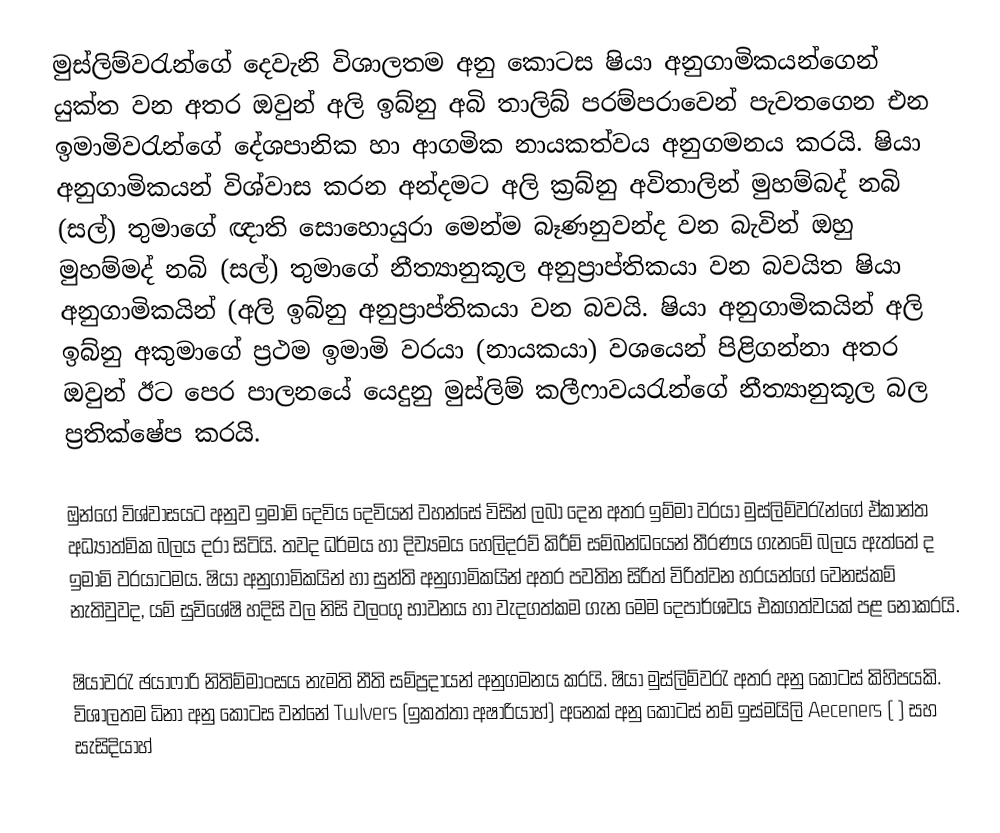
මුස්ලිම්වරැන්ගේ දෙවැනි විශාලතම අනු කොටස ෂියා අනුගාමික‍යන්ගෙන් යුක්ත වන අතර ඔවුන් අලි ඉබ්නු අබි තාලිබ්  පරම්පරාවෙන් පැවතගෙන එන ඉමාමිවරැන්ගේ දේශපානික හා ආගමික නායකත්වය අනුගමනය කරයි. ෂියා අනුගාමිකයන් විශ්වාස කරන අන්දමට අලි ක්‍රබ්නු අවිතාලින්  මුහම්බද් නබි (සල්) තුමාගේ ඥාති සොහොයුරා මෙන්ම බෑණනුවන්ද වන බැවින් ඔහු මුහම්මද් නබි (සල්) තුමාගේ නීත්‍යානුකූල අනුප්‍රාප්තිකයා වන බවයිත ෂියා අනුගාමිකයින් (අලි ඉබ්නු අනුප්‍රාප්තිකයා වන බවයි. ෂියා අනුගාමිකයින් අලි ඉබ්නු අකුමාගේ ප්‍රථම ඉමාමි වරයා (නායකයා) වශයෙන් පිළිගන්නා අතර ඔවුන් ඊට පෙර පාලනයේ යෙදුනු මුස්ලිම් කලීෆාවයරැන්ගේ නීත්‍යානුකූල බල ප්‍රතික්ෂේප කරයි.

ඔුන්ගේ විශ්වාසයට අනුව ඉමාමි දෙවිය දෙවියන් වහන්සේ විසින් ලබා දෙන අතර ඉම්මා වරයා මුස්ලිම්වරැන්ගේ ඒකාන්ත අධ්‍යාත්මික බලය දරා සිටියි. තවද ධර්මය හා දිව්‍යමය හෙලිදරව් කිරීම් සම්බන්ධයෙන් තීරණය ගැනමේ බලය ඇත්තේ ද ඉමාමි වරයාටමය. ෂියා අනුගාමිකයින් හා සුන්ති අනුගාමිකයින් අතර පවතින සිරිත් විරිත්වන හරයන්ගේ වෙනස්කම් නැතිවුවද, යම් සුවිශේෂි හදිසි වල නිසි වලංගු භාවනය හා වැදගත්කම ගැන මෙම දෙපාර්ශවය එකගත්වයක් පළ නොකරයි.

ෂියාවරැ ඡයාෆාරි නිතිම්මාංසය නැමති නීති සම්ප්‍රදායන් අනුගමනය කරයි. ෂියා මුස්ලිම්වරැ අතර අනු කොටස් කිහිපයකි. විශාලතම ධිනා අනු කොටස වන්නේ Twlvers (ඉකත්තා අෂාරියාහ්) අනෙක් අනු කොටස් නම් ඉස්මයිලි Aeceners ( ) සහ සැසිදියාහ්